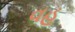
વહૂ